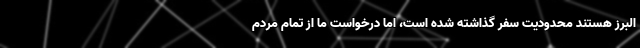
البرز هستند محدودیت سفر گذاشته شده است، اما درخواست ما از تمام مردم